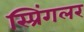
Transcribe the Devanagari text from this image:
स्प्रिंगलर